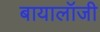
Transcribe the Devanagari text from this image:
बायालॉजी